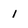
Character: 1